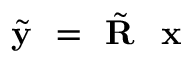
\tilde { \textbf { y } } = \tilde { \textbf { R } } \textbf { x }